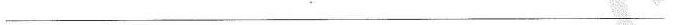
___